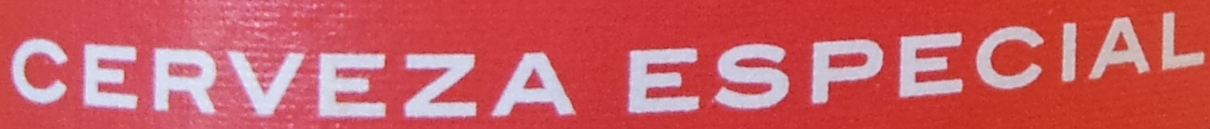
CERVEZA ESPECIAL